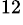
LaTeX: ^{\mathrm{12}}